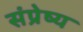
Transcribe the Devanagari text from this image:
संप्रेष्य